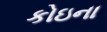
કોઇના